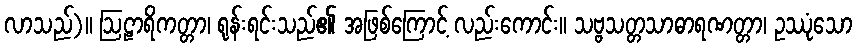
လာသည်)။ ဩဠာရိကတ္တာ၊ ရုန်းရင်းသည်၏ အဖြစ်ကြောင့် လည်းကောင်း။ သဗ္ဗသတ္တသာဓာရဏတ္တာ၊ ဥဿုံသော